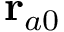
\mathbf { r } _ { a 0 }